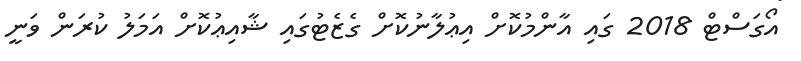
އޯގަސްޓް 2018 ގައި އާންމުކޮށް އިޢުލާނުކޮށް ގެޒެޓުގައި ޝާއިޢުކޮށް އަމަލު ކުރަން ވަނީ